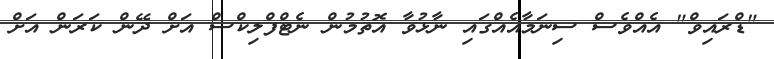
"ޑްރައިވް" އެއްވެސް ސިނަމާއެއްގައި ނާޅުވާ އޮތުމުން ނެޓްފްލިކްސް އަށް ދޭން ކަރަން އަށް